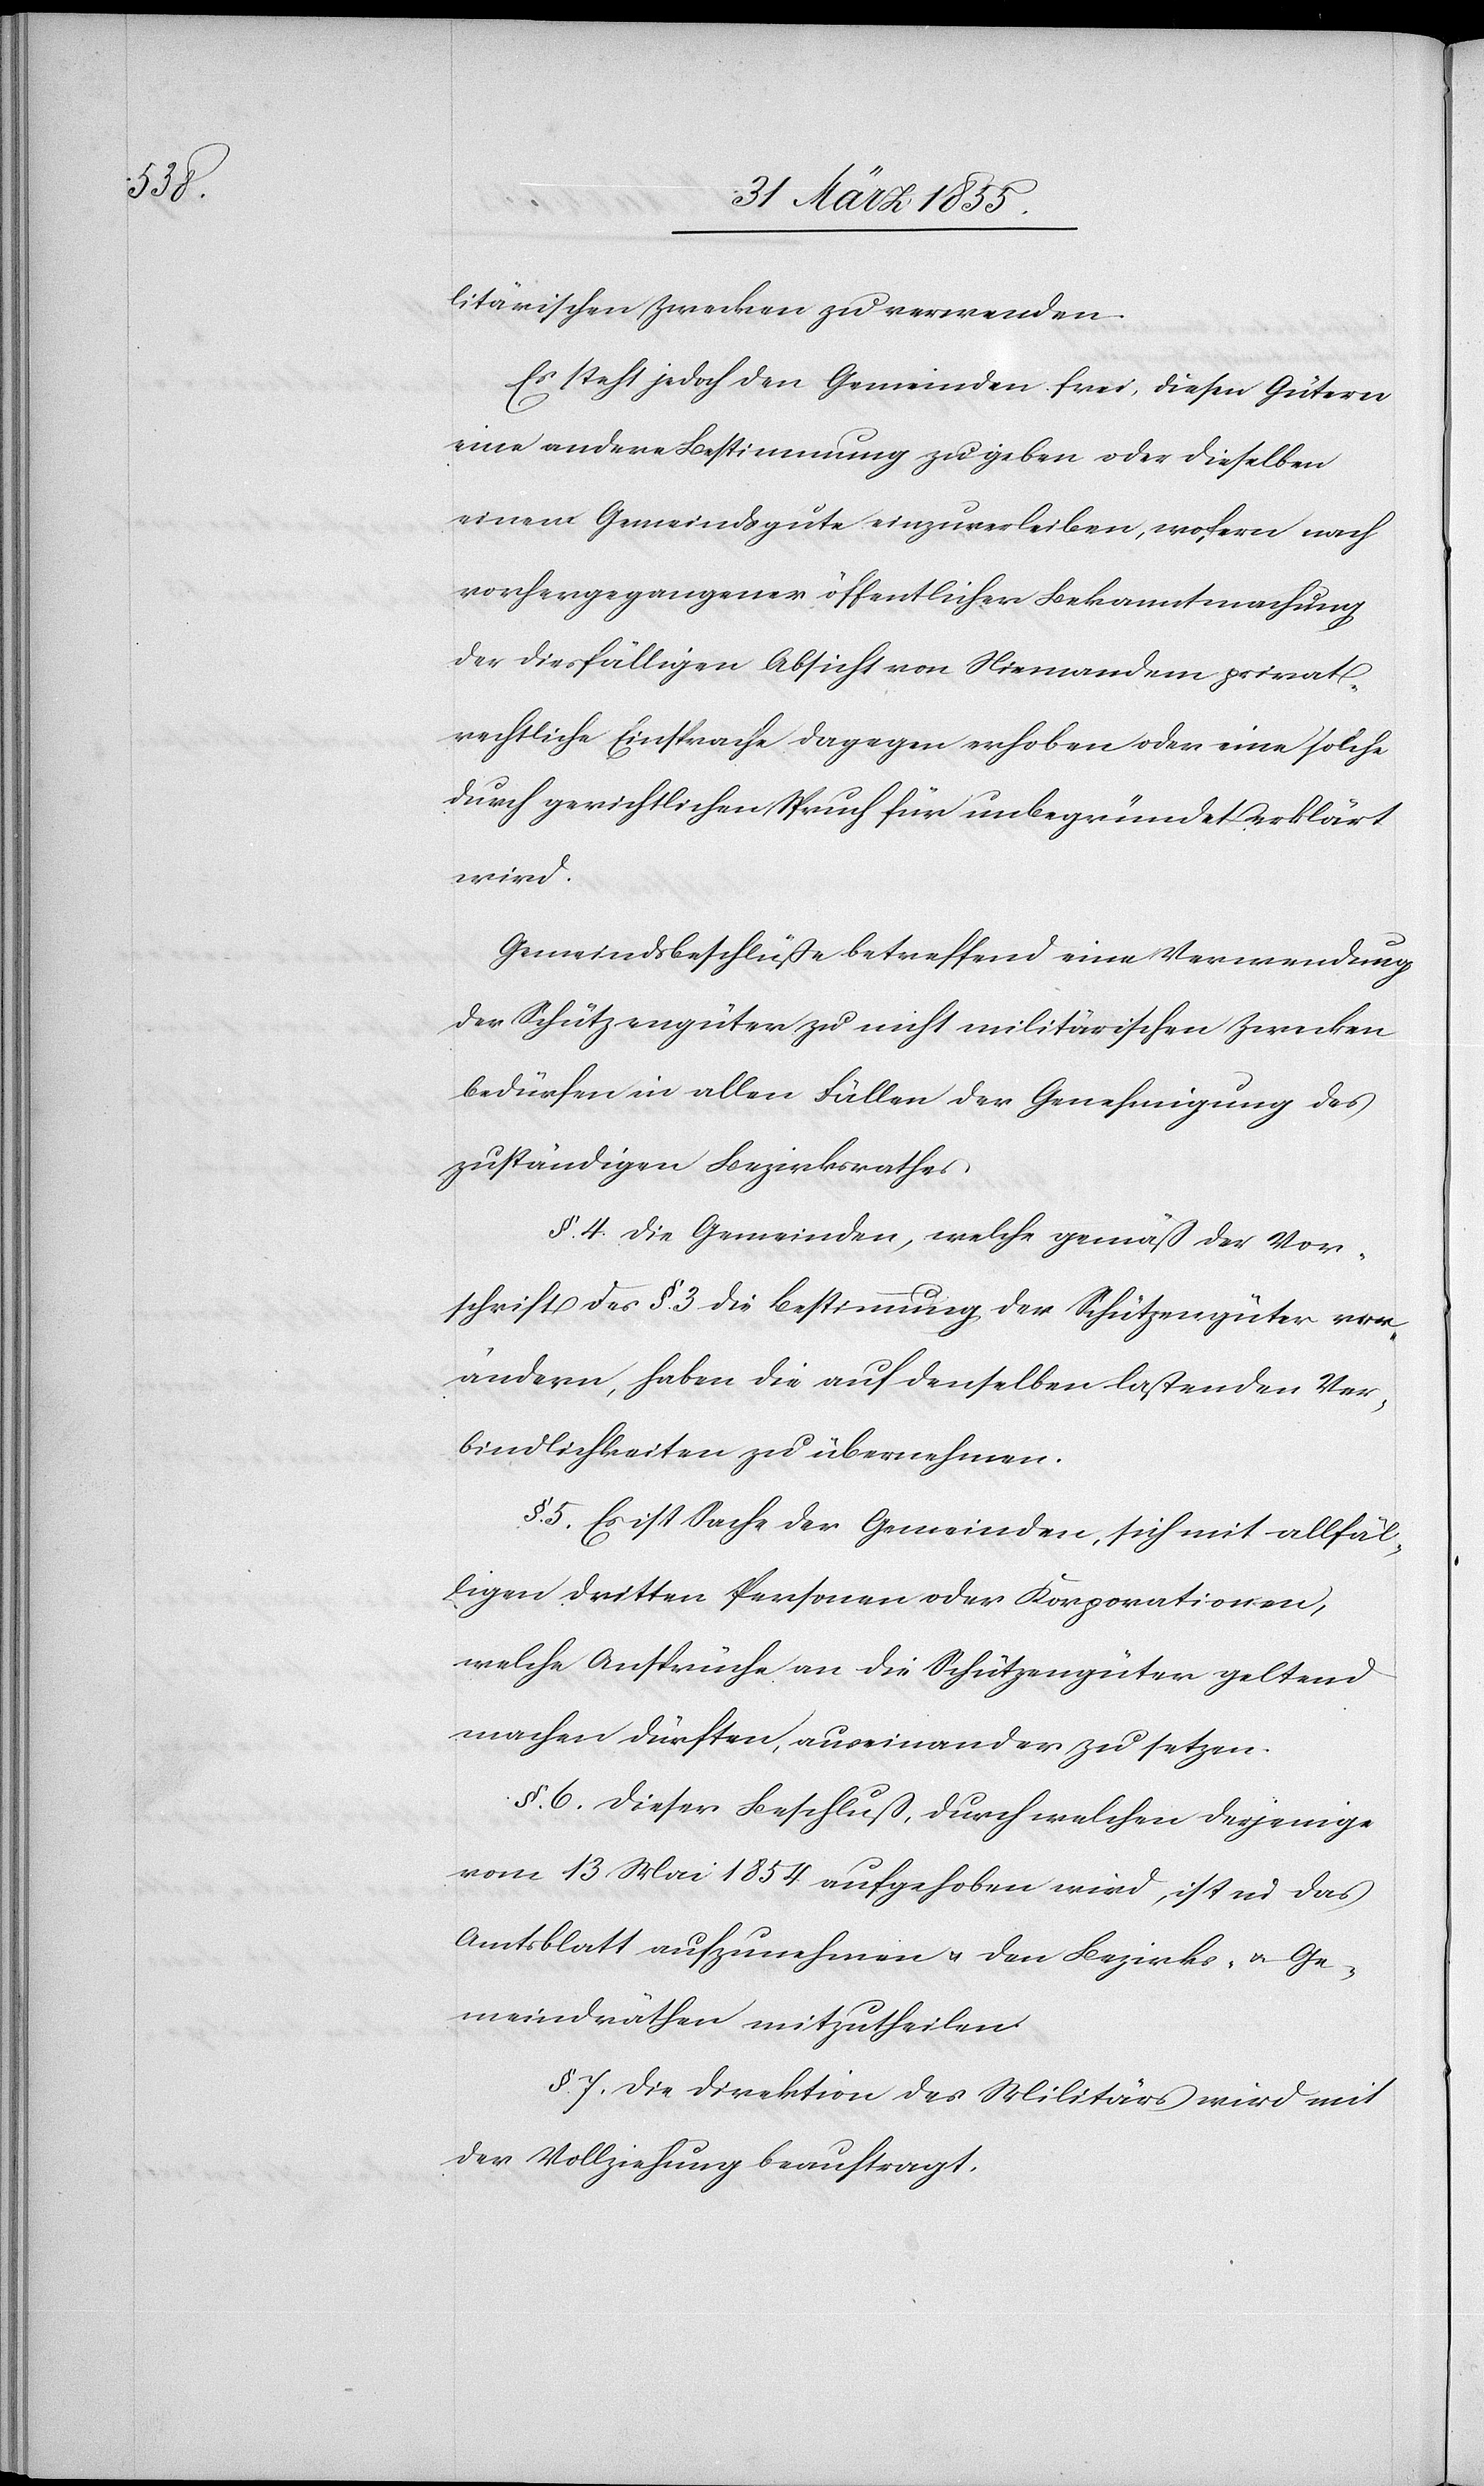
litärischen Zwecken zu verwenden.
Es steht jedoch den Gemeinden frei, diesen Gütern
eine andere Bestimmung zu geben oder dieselben
einem Gemeindsgute einzuverleiben, wofern nach
vorhergegangener öffentlicher Bekanntmachung
der diesfälligen Absicht von Niemandem privat¬
rechtliche Einsprache dagegen erhoben oder eine solche
durch gerichtlichen Spruch für unbegründet erklärt
wird.
Gemeindsbeschlüße betreffend eine Verwendung
der Schützengüter zu nicht militärischen Zwecken
bedürfen in allen Fällen der Genehmigung des
zuständigen Bezirksrathes.
§. 4. Die Gemeinden, welche gemäß der Vor¬
schrift des §. 3 die Bestimmung der Schützengüter ver¬
ändern, haben die auf denselben lastenden Ver¬
bindlichkeiten zu übernehmen.
5. Es ist Sache der Gemeinden, sich mit allfäl¬
ligen dritten Personen oder Korporationen,
welche Ansprüche an die Schützengüter geltend
machen dürften, auseinander zu setzen.
§. 6. Dieser Beschluß, durch welchen derjenige
vom 13 Mai 1854 aufgehoben wird, ist in das
Amtsblatt aufzunehmen & den Bezirks- & Ge¬
meindräthen mitzutheilen.
§. 7. Die Direktion des Militärs wird mit
der Vollziehung beauftragt.